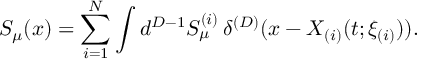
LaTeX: S _ { \mu } ( x ) = \sum _ { i = 1 } ^ { N } \int d ^ { D - 1 } S _ { \mu } ^ { ( i ) } \, \delta ^ { ( D ) } ( x - X _ { ( i ) } ( t ; \xi _ { ( i ) } ) ) .